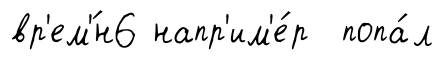
вр'ем'́н6 напр'им'е́р попа́л